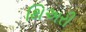
થિઅરી